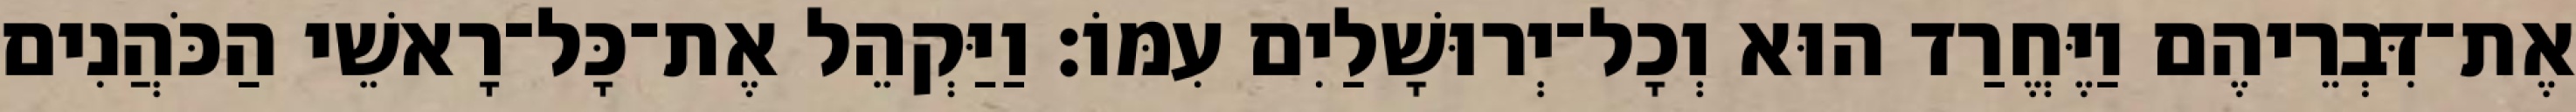
אֶת־דִּבְרֵיהֶם וַיֶּחֱרַד הוּא וְכָל־יְרוּשָׁלַיִם עִמּוֹ׃ וַיַּקְהֵל אֶת־כָּל־רָאשֵׁי הַכֹּהֲנִים